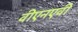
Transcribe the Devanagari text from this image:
वीएनएवी